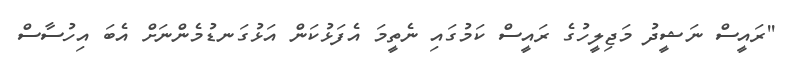
''ރައީސް ނަޝީދު މަޖިލީހުގެ ރައީސް ކަމުގައި ނެތީމަ އެފަޅުކަން އަޅުގަނޑުމެންނަށް އެބަ އިހުސާސް